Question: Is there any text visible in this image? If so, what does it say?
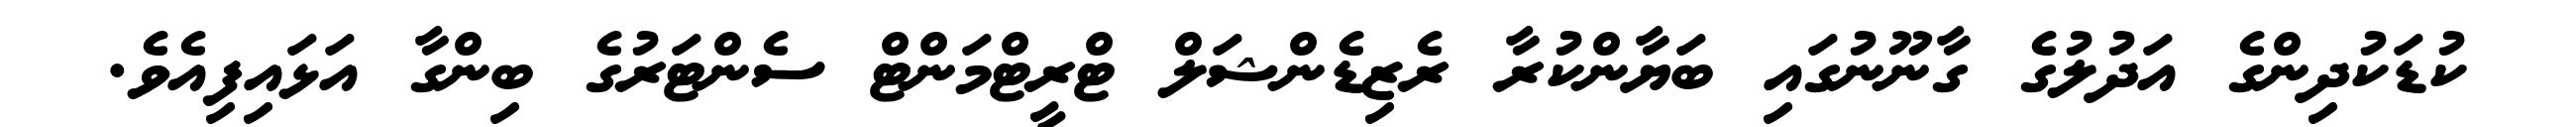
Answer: ކުޑަކުދިންގެ އަދުލުގެ ގާނޫނުގައި ބަޔާންކުރާ ރެޒިޑެންޝަލް ޓްރީޓްމަންޓް ސެންޓަރުގެ ބިންގާ އަޅައިފިއެވެ.